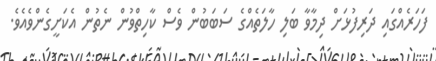
ފަހަރެއްގައި ދަރިފުޅަށް ދިމާވާ ބަލި ހާލަތެއްގެ ސަބަބުން ވެސް ކާހިތްވުން ނެތުން އެކަށީގެންވެއެވެ.